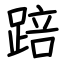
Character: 踣